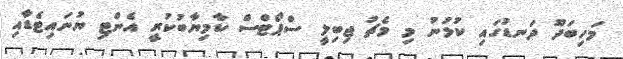
މަހިބަދޫ ދަނޑުގައި ކުޅުނު މި މެޗު ޖިބިލީ ސްޕޯޓްސް ކާމިޔާބުކުރީ އެންޓި ޔުނައިޓެޑާއި